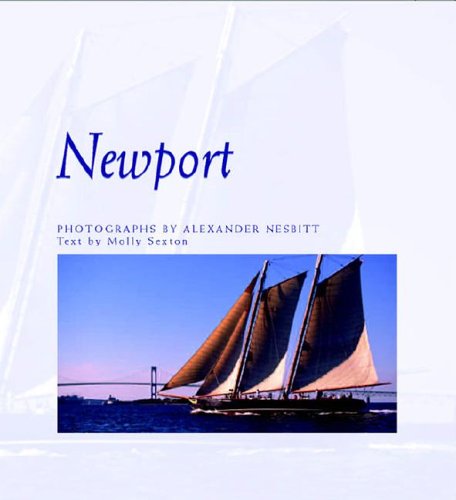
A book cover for Newport (New England Landmarks); Alexander Nesbitt; Travel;